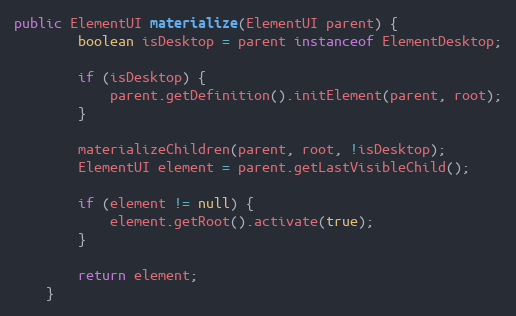
Language: Java
public ElementUI materialize(ElementUI parent) {
        boolean isDesktop = parent instanceof ElementDesktop;

        if (isDesktop) {
            parent.getDefinition().initElement(parent, root);
        }

        materializeChildren(parent, root, !isDesktop);
        ElementUI element = parent.getLastVisibleChild();

        if (element != null) {
            element.getRoot().activate(true);
        }

        return element;
    }